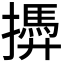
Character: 𢶚